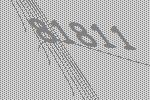
81811